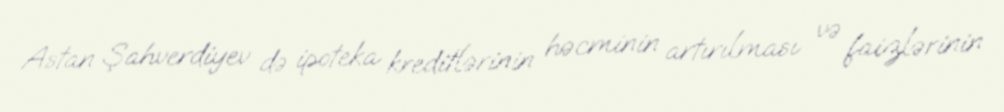
Astan Şahverdiyev də ipoteka kreditlərinin həcminin artırılması və faizlərinin